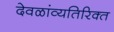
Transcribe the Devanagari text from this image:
देवळांव्यतिरिक्‍त